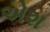
એશ